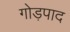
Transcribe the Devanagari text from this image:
गोड़पाद